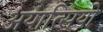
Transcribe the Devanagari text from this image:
अयात्सियो